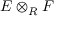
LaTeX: E \otimes _ { R } F